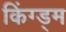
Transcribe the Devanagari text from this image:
किंग्ड्म